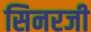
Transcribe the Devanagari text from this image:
सिनरजी